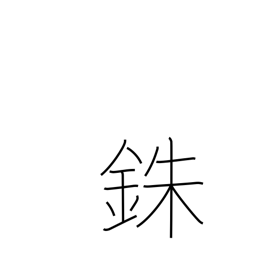
Meaning: percent